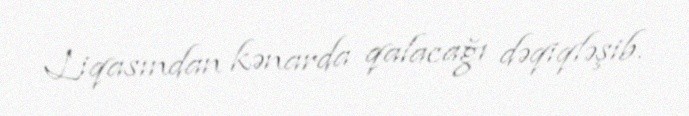
Liqasından kənarda qalacağı dəqiqləşib.